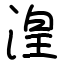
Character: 湟